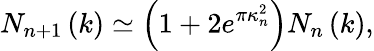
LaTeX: N_{n+1}\left(k\right)\simeq\left(1+2e^{\pi\kappa_{n}^{2}}\right)N_{n}\left(k\right),